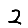
Digit: 2